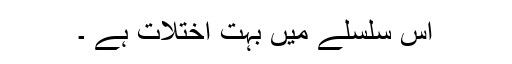
اس سلسلے میں بہت اختلات ہے ۔